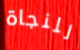
للنجاة